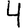
Digit: 4